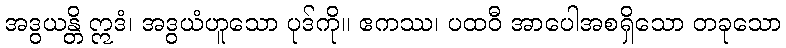
အဒွယန္တိ ဣဒံ၊ အဒွယံဟူသော ပုဒ်ကို။ ဧကဿ၊ ပထဝီ အာပေါအစရှိသော တခုသော